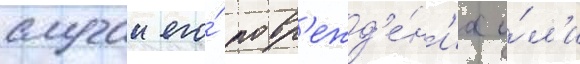
случаи его́ повр'ежд'е́н'иа и́л'и